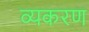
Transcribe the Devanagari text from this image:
व्यकरण